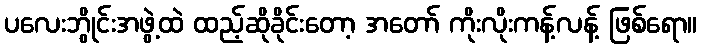
ပလေးဘွိုင်းအဖွဲ့ထဲ ထည့်ဆိုခိုင်းတော့ အတော် ကိုးလိုးကန့်လန့် ဖြစ်ရော။